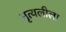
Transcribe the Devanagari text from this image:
नृत्यलीला